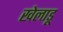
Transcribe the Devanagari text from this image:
खेलाडू